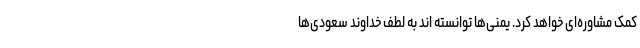
کمک مشاوره‌ای خواهد کرد. یمنی‌ها توانسته اند به لطف خداوند سعودی‌ها